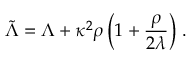
\tilde { \Lambda } = \Lambda + \kappa ^ { 2 } \rho \left( 1 + \frac { \rho } { 2 \lambda } \right) \, .